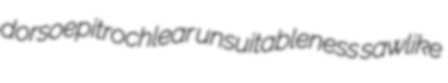
dorsoepitrochlear unsuitableness sawlike